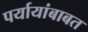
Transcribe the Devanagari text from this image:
पर्यायांबाबत